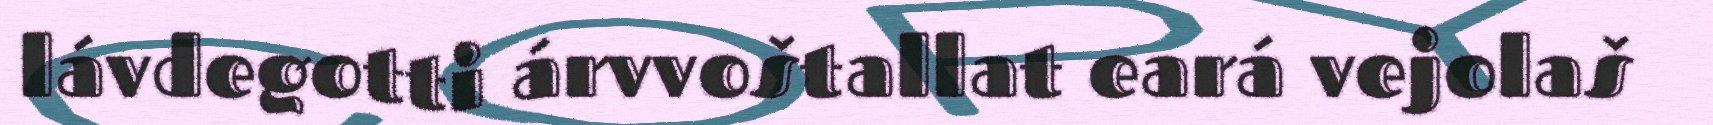
lávdegotti árvvoštallat eará vejolaš